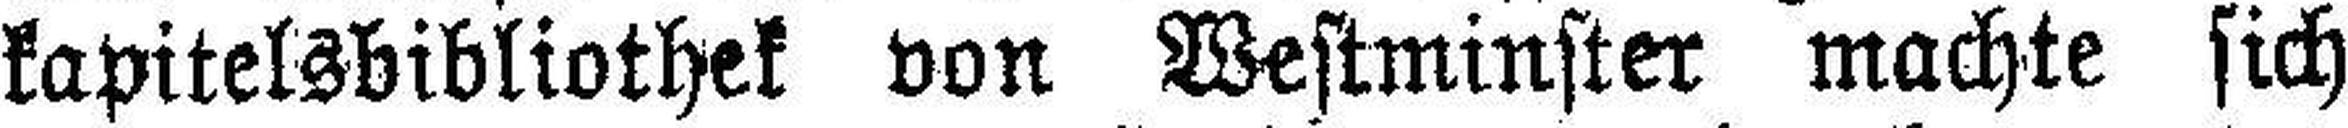
kapitelsbibliothek von Westminster machte sich